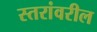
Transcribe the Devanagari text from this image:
स्‍तरांवरील